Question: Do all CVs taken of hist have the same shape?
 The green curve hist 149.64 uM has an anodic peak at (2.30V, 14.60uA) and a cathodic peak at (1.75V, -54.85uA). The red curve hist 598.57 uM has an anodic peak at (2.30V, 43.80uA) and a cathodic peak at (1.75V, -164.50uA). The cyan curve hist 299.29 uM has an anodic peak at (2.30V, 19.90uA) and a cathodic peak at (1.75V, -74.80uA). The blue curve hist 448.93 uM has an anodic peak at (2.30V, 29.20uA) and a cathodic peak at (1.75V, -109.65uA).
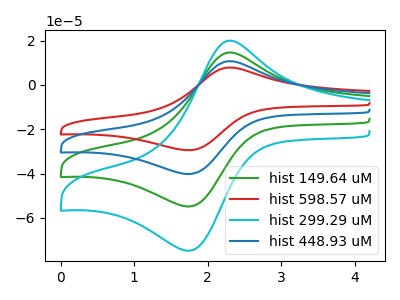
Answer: <think>All the peaks in "hist 149.64 uM" have a peak in "hist 598.57 uM" at the same potential. Every peak in "hist 149.64 uM" is lower than every peak in "hist 598.57 uM". All the peaks in "hist 149.64 uM" have a peak in "hist 299.29 uM" at the same potential. Every peak in "hist 149.64 uM" is lower than every peak in "hist 299.29 uM". All the peaks in "hist 149.64 uM" have a peak in "hist 448.93 uM" at the same potential. Every peak in "hist 149.64 uM" is lower than every peak in "hist 448.93 uM". All the peaks in "hist 598.57 uM" have a peak in "hist 299.29 uM" at the same potential. Every peak in "hist 598.57 uM" is higher than every peak in "hist 299.29 uM". All the peaks in "hist 598.57 uM" have a peak in "hist 448.93 uM" at the same potential. Every peak in "hist 598.57 uM" is higher than every peak in "hist 448.93 uM". All the peaks in "hist 299.29 uM" have a peak in "hist 448.93 uM" at the same potential. Every peak in "hist 299.29 uM" is lower than every peak in "hist 448.93 uM".
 </think>
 <answer>All the CV's of "hist" have similar shape.</answer>
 <eval>follow_rule</eval>